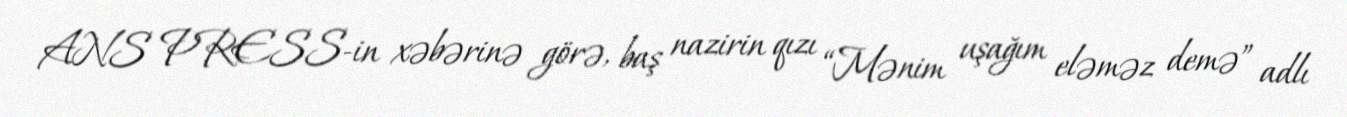
ANS PRESS-in xəbərinə görə, baş nazirin qızı “Mənim uşağım eləməz demə” adlı